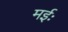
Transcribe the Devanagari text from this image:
मईः